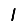
Digit: 1